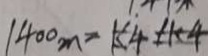
1 4 0 0 _ { m } = k 4 + k 4